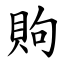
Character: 䝭